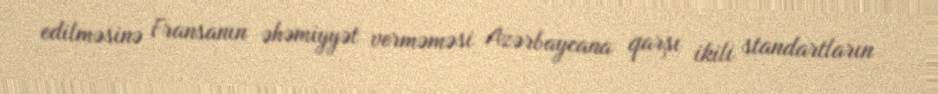
edilməsinə Fransanın əhəmiyyət verməməsi Azərbaycana qarşı ikili standartların